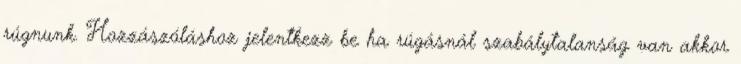
rúgnunk. Hozzászóláshoz jelentkezz be ha rúgásnál szabálytalanság van akkor